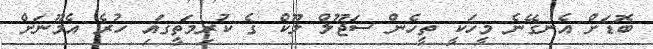
ބޮޮޑަށް އެނގޭނެ މީހަކީ ތީހެން ސަޖޫލް ލޫކް ގެ ކުރިމަތީގައި ހުރެ އެމޫނަށް